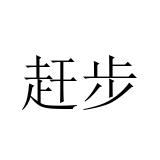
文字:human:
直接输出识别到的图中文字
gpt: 赶步